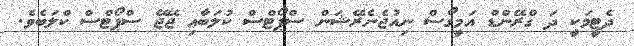
ދެޓީމަކީ ދަ ގްރޭންޑް އަމީގޯސް ނިއުޖެނެރޭޝަން ސްޕޯޓްސް ކުލަބާއި ޖޭޖޭ ސްޕޯޓްސް ކްލަބެވެ.